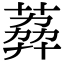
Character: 𦶭